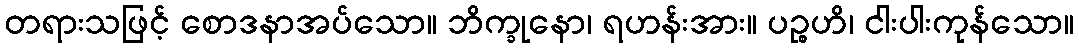
တရားသဖြင့် စောဒနာအပ်သော။ ဘိက္ခုနော၊ ရဟန်းအား။ ပဉ္စဟိ၊ ငါးပါးကုန်သော။